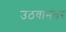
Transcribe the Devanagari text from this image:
उठवानंतर